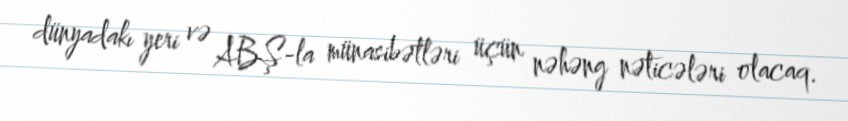
dünyadakı yeri və ABŞ-la münasibətləri üçün nəhəng nəticələri olacaq.